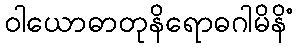
ဝါယောဓာတုနိရောဓဂါမိနိံ